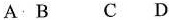
A B C D